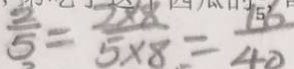
\frac { 2 } { 5 } = \frac { 2 \times 8 } { 5 \times 8 } = \frac { 1 6 } { 4 0 }